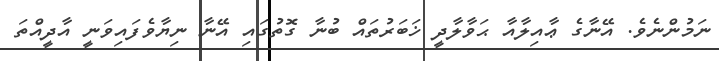
ނަމުންނެވެ. އޭނާގެ ޢާއިލާއާ ޙަވާލާދީ ޚަބަރުތައް ބުނާ ގޮތުގައި އޭނާ ނިޔާވެފައިވަނީ އާދީއްތަ